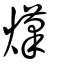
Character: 熯